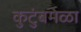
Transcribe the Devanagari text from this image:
कुटुंबमेळा